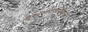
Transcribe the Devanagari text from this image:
दुग्धव्यवसायापासून